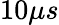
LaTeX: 10\mu s